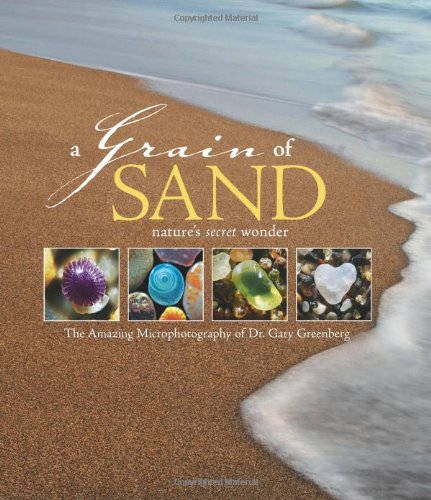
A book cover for A Grain of Sand: Nature's Secret Wonder; Gary Greenberg; Science & Math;